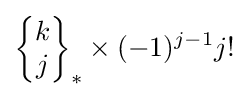
\left\{{\begin{matrix}k\\j\end{matrix}}\right\}_{\ast }\times (-1)^{j-1}j!